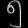
Digit: ၅